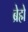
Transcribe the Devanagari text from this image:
ब्रेह्मे